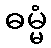
ဓမ္မံ